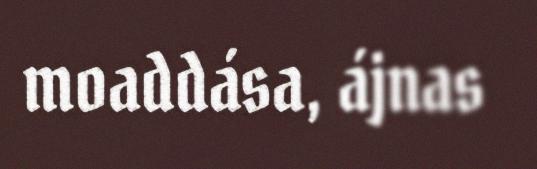
moaddása, ájnas